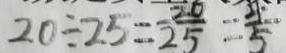
2 0 \div 2 5 = 2 \frac { 2 0 } { 5 } = \frac { 4 } { 5 }